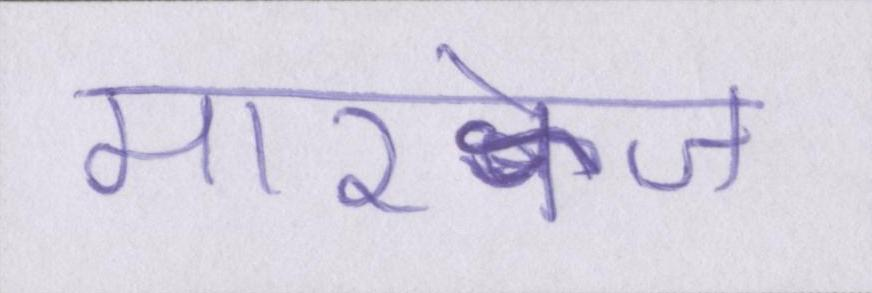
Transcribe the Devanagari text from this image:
मारक्वेज